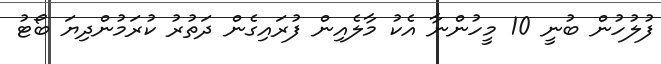
ފުލުހުން ބުނީ 10 މީހުންނާ އެކު މާލެއިން ފުރައިގެން ދަތުރު ކުރަމުންދިޔަ ބޯޓު